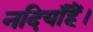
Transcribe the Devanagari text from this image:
नदियाँहैं।